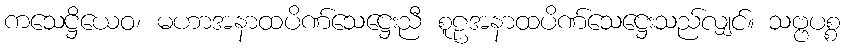
ကသေဋ္ဌိယေဝ၊ မဟာအနာထပိဏ်သေဋ္ဌေးညီ စူဠအနာထပိဏ်သေဋ္ဌေးသည်လျှင်။ သဗ္ဗပစ္စ